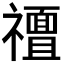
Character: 𮂟